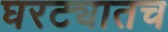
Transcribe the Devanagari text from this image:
घरट्यातच